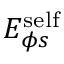
E _ { \phi s } ^ { \mathrm { s e l f } }